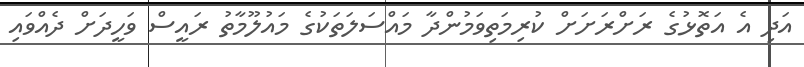
އަދި އެ އަތޮޅުގެ ރަށްރަށަށް ކުރިމަތިވަމުންދާ މައްސަލަތަކުގެ މައުލޫމާތު ރައީސް ވަހީދަށް ދެއްވައި